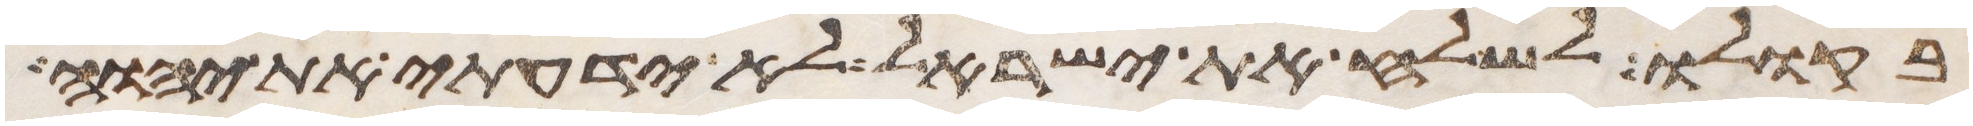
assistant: בקולו לשלח את ישראל לא ידעתי את יהוה